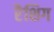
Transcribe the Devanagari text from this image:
रैशिग